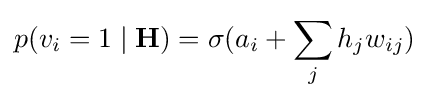
p(v_{i}=1\mid {\textbf {H}})=\sigma (a_{i}+\sum _{j}h_{j}w_{ij})